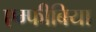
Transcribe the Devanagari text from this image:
एम्फीबिया